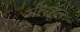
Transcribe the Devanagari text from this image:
भोरहून